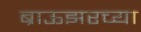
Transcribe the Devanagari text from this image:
ब्राऊझरच्या